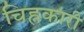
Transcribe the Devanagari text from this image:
चिह्नकारी